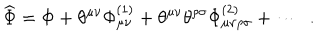
\widehat { \Phi } = \Phi + \theta ^ { \mu \nu } \Phi _ { \mu \nu } ^ { ( 1 ) } + \theta ^ { \mu \nu } \theta ^ { \rho \sigma } \Phi _ { \mu \nu \rho \sigma } ^ { ( 2 ) } + \cdots \ \ .